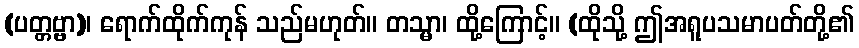
(ပတ္တဗ္ဗာ)၊ ရောက်ထိုက်ကုန် သည်မဟုတ်။ တသ္မာ၊ ထို့ကြောင့်။ (ထိုသို့ ဤအရူပသမာပတ်တို့၏